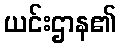
ယင်းဌာန၏